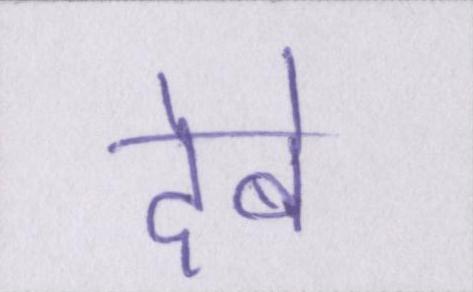
देबे